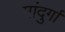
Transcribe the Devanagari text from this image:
मांदुर्गा